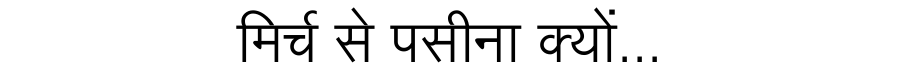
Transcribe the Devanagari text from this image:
मिर्च से पसीना क्यों...